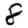
Digit: 8